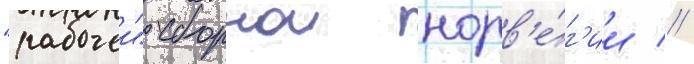
"рабочеи" сборнои норв'е́г'ии //